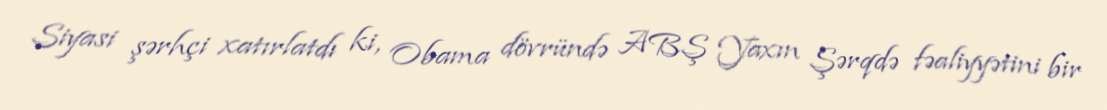
Siyasi şərhçi xatırlatdı ki, Obama dövründə ABŞ Yaxın Şərqdə fəaliyyətini bir